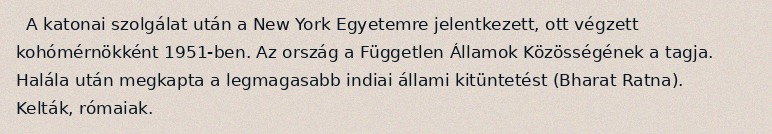
A katonai szolgálat után a New York Egyetemre jelentkezett, ott végzett kohómérnökként 1951-ben. Az ország a Független Államok Közösségének a tagja. Halála után megkapta a legmagasabb indiai állami kitüntetést (Bharat Ratna). Kelták, rómaiak.